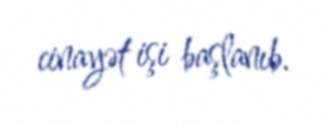
cinayət işi başlanıb.